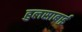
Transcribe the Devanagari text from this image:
हुलसाबाई